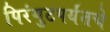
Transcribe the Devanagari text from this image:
पिरंगुटपर्यंतचे